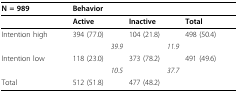
| N = 989 | <COLSPAN=2> Behavior |  |
 | --- | --- | --- | --- |
 |  | Active | Inactive | Total |
 | Intention high | 394 (77.0) | 104 (21.8) | 498 (50.4) |
 |  | 39.9 | 11.9 |  |
 | Intention low | 118 (23.0) | 373 (78.2) | 491 (49.6) |
 |  | 10.5 | 37.7 |  |
 | Total | 512 (51.8) | 477 (48.2) |  |